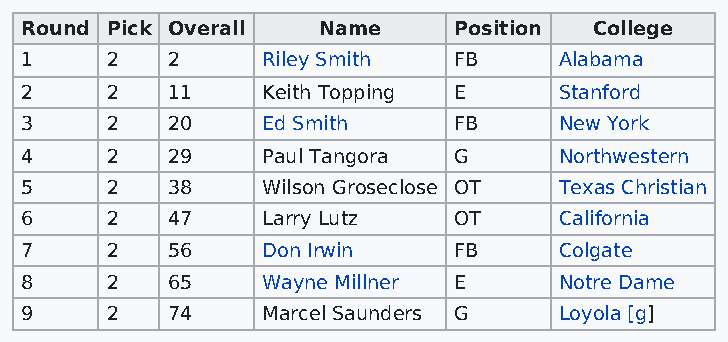
Round Pick Overall  Name     Position College
 1     2   2     Riley Smith  FB     Alabama
 2     2   11    Keith Topping E     Stanford
 3     2   20    Ed Smith     FB     New York
 4     2   29    Paul Tangora G      Northwestern
 5     2   38    Wilson Groseclose OT Texas Christian
 6     2   47    Larry Lutz   OT     California
 7     2   56    Don Irwin    FB     Colgate
 8     2   65    Wayne Millner E     Notre Dame
 9     2   74    Marcel Saunders G   Loyola [g]